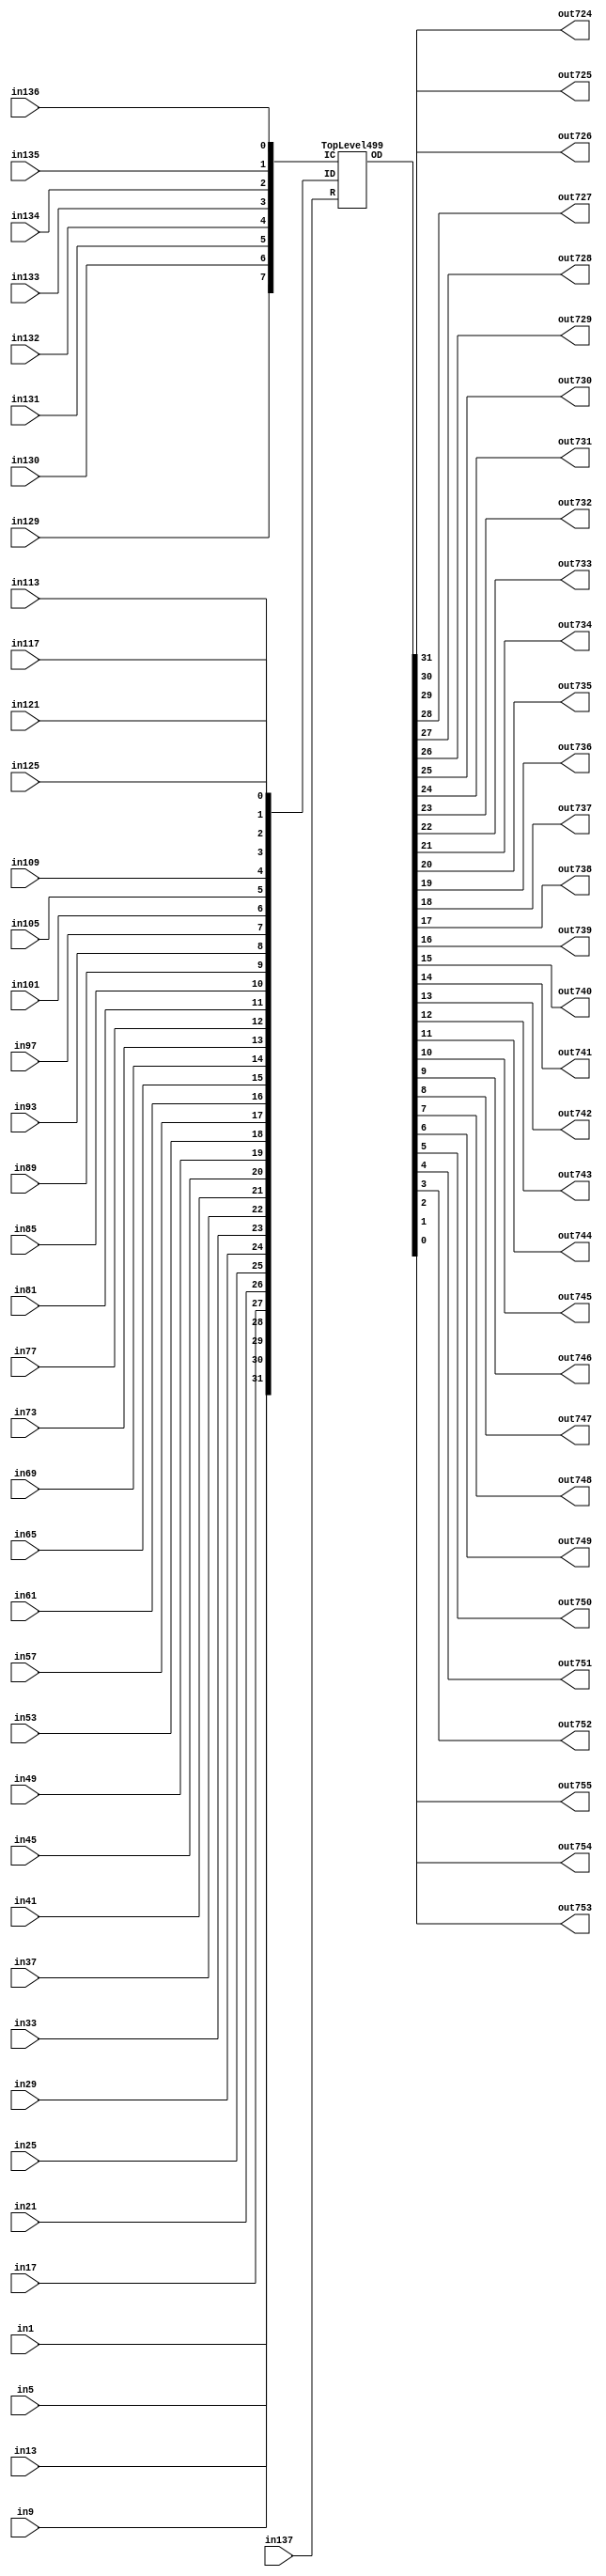
/****************************************************************************
 *                                                                          *
 *  VERILOG HIGH-LEVEL DESCRIPTION OF THE ISCAS-85 BENCHMARK CIRCUIT c499   *
 *                                                                          *
 *  Function: Single-Error-Correcting Circuit                               *
 *                                                                          *
 *  Written by: Mark C. Hansen                                              *
 *                                                                          *
 *                                                                          *
 ****************************************************************************/

module Circuit499 (in1, in5, in9, in13, in17, in21, in25, in29, 
             in33, in37, in41, in45, in49, in53, in57, in61,
             in65, in69, in73, in77, in81, in85, in89, in93,
             in97, in101, in105, in109, in113, in117, in121, in125,
             in129, in130, in131, in132, in133, in134, in135, in136,
             in137,
             out724, out725, out726, out727, out728, out729, out730, out731,
             out732, out733, out734, out735, out736, out737, out738, out739, 
             out740, out741, out742, out743, out744, out745, out746, out747, 
             out748, out749, out750, out751, out752, out753, out754, out755);

  input      in1, in5, in9, in13, in17, in21, in25, in29, 
             in33, in37, in41, in45, in49, in53, in57, in61,
             in65, in69, in73, in77, in81, in85, in89, in93,
             in97, in101, in105, in109, in113, in117, in121, in125,
             in129, in130, in131, in132, in133, in134, in135, in136,
             in137;
  output     out724, out725, out726, out727, out728, out729, out730, out731,
             out732, out733, out734, out735, out736, out737, out738, out739, 
             out740, out741, out742, out743, out744, out745, out746, out747, 
             out748, out749, out750, out751, out752, out753, out754, out755;


  wire [0:31]   ID, OD;
  wire [0:7]    IC;
  wire          R;

  assign
      ID[0:31] = { in1, in5, in9, in13, in17, in21, in25, in29, 
             in33, in37, in41, in45, in49, in53, in57, in61,
             in65, in69, in73, in77, in81, in85, in89, in93,
             in97, in101, in105, in109, in113, in117, in121, in125},
      IC[0:7] = { in129, in130, in131, in132, in133, in134, in135, in136},
      R = in137,
      OD[0:31] = { 
             out724, out725, out726, out727, out728, out729, out730, out731,
             out732, out733, out734, out735, out736, out737, out738, out739, 
             out740, out741, out742, out743, out744, out745, out746, out747, 
             out748, out749, out750, out751, out752, out753, out754, out755};
	
  TopLevel499 Ckt499 (ID, IC, R, OD);

endmodule /* Circuit499 */

/*************************************************************************/

module  TopLevel499 (ID, IC, R, OD);

  input[0:31]   ID;
  input[0:7]    IC;
  input          R;
  output[0:31]  OD;

  wire[0:7]      S;

  Syndrome M1(S, R, IC, ID);
  Correction M2(OD, S, ID);

endmodule /* TopLevel499 */

/*************************************************************************/

module Syndrome (S, R, IC, ID);

  input[0:31]   ID;
  input[0:7]    IC;
  input         R;
  output[0:7]   S;
  
  wire[0:15]    XA;
  wire[0:7]     XB, XC, XD, XE, F, G, H;

xor XA0(XA[0], ID[0], ID[1]);
xor XA1(XA[1], ID[2], ID[3]);
xor XA2(XA[2], ID[4], ID[5]);
xor XA3(XA[3], ID[6], ID[7]);
xor XA4(XA[4], ID[8], ID[9]);
xor XA5(XA[5], ID[10], ID[11]);
xor XA6(XA[6], ID[12], ID[13]);
xor XA7(XA[7], ID[14], ID[15]);
xor XA8(XA[8], ID[16], ID[17]);
xor XA9(XA[9], ID[18], ID[19]);
xor XA10(XA[10], ID[20], ID[21]);
xor XA11(XA[11], ID[22], ID[23]);
xor XA12(XA[12], ID[24], ID[25]);
xor XA13(XA[13], ID[26], ID[27]);
xor XA14(XA[14], ID[28], ID[29]);
xor XA15(XA[15], ID[30], ID[31]);

xor F0(F[0], XA[0], XA[1]);
xor F1(F[1], XA[2], XA[3]);
xor F2(F[2], XA[4], XA[5]);
xor F3(F[3], XA[6], XA[7]);
xor F4(F[4], XA[8], XA[9]);
xor F5(F[5], XA[10], XA[11]);
xor F6(F[6], XA[12], XA[13]);
xor F7(F[7], XA[14], XA[15]);

and H0(H[0], IC[0], R);
and H1(H[1], IC[1], R);
and H2(H[2], IC[2], R);
and H3(H[3], IC[3], R);
and H4(H[4], IC[4], R);
and H5(H[5], IC[5], R);
and H6(H[6], IC[6], R);
and H7(H[7], IC[7], R);

xor XB0(XB[0], ID[0], ID[4]);
xor XB1(XB[1], ID[1], ID[5]);
xor XB2(XB[2], ID[2], ID[6]);
xor XB3(XB[3], ID[3], ID[7]);
xor XB4(XB[4], ID[16], ID[20]);
xor XB5(XB[5], ID[17], ID[21]);
xor XB6(XB[6], ID[18], ID[22]);
xor XB7(XB[7], ID[19], ID[23]);

xor XC0(XC[0], ID[8], ID[12]);
xor XC1(XC[1], ID[9], ID[13]);
xor XC2(XC[2], ID[10], ID[14]);
xor XC3(XC[3], ID[11], ID[15]);
xor XC4(XC[4], ID[24], ID[28]);
xor XC5(XC[5], ID[25], ID[29]);
xor XC6(XC[6], ID[26], ID[30]);
xor XC7(XC[7], ID[27], ID[31]);

xor XE0(XE[0], XB[0], XC[0]);
xor XE1(XE[1], XB[1], XC[1]);
xor XE2(XE[2], XB[2], XC[2]);
xor XE3(XE[3], XB[3], XC[3]);
xor XE4(XE[4], XB[4], XC[4]);
xor XE5(XE[5], XB[5], XC[5]);
xor XE6(XE[6], XB[6], XC[6]);
xor XE7(XE[7], XB[7], XC[7]);

xor G0(G[0], F[0], F[1]);
xor G1(G[1], F[2], F[3]);
xor G2(G[2], F[0], F[2]);
xor G3(G[3], F[1], F[3]);
xor G4(G[4], F[4], F[5]);
xor G5(G[5], F[6], F[7]);
xor G6(G[6], F[4], F[6]);
xor G7(G[7], F[5], F[7]);

xor XD0(XD[0], G[4], H[0]);
xor XD1(XD[1], G[5], H[1]);
xor XD2(XD[2], G[6], H[2]);
xor XD3(XD[3], G[7], H[3]);
xor XD4(XD[4], G[0], H[4]);
xor XD5(XD[5], G[1], H[5]);
xor XD6(XD[6], G[2], H[6]);
xor XD7(XD[7], G[3], H[7]);

xor S0(S[0], XD[0], XE[0]);
xor S1(S[1], XD[1], XE[1]);
xor S2(S[2], XD[2], XE[2]);
xor S3(S[3], XD[3], XE[3]);
xor S4(S[4], XD[4], XE[4]);
xor S5(S[5], XD[5], XE[5]);
xor S6(S[6], XD[6], XE[6]);
xor S7(S[7], XD[7], XE[7]);

endmodule /* Syndrome */

/*************************************************************************/

module Correction (OD, S, ID);

  input[0:31]   ID;
  input[0:7]    S;
  output[0:31]  OD;

  wire[0:31]    E;
  wire[0:15]    XA;
  wire[0:7]     XB, XC, XD, XE, F, G, H, T, W;
  wire[0:4]     S0B, S1B, S2B, S3B, S4B, S5B, S6B, S7B;
  wire[0:1]     U;

not S0B0(S0B[0], S[0]);
not S0B1(S0B[1], S[0]);
not S0B2(S0B[2], S[0]);
not S0B3(S0B[3], S[0]);
not S0B4(S0B[4], S[0]);
not S1B0(S1B[0], S[1]);
not S1B1(S1B[1], S[1]);
not S1B2(S1B[2], S[1]);
not S1B3(S1B[3], S[1]);
not S1B4(S1B[4], S[1]);
not S2B0(S2B[0], S[2]);
not S2B1(S2B[1], S[2]);
not S2B2(S2B[2], S[2]);
not S2B3(S2B[3], S[2]);
not S2B4(S2B[4], S[2]);
not S3B0(S3B[0], S[3]);
not S3B1(S3B[1], S[3]);
not S3B2(S3B[2], S[3]);
not S3B3(S3B[3], S[3]);
not S3B4(S3B[4], S[3]);
not S4B0(S4B[0], S[4]);
not S4B1(S4B[1], S[4]);
not S4B2(S4B[2], S[4]);
not S4B3(S4B[3], S[4]);
not S4B4(S4B[4], S[4]);
not S5B0(S5B[0], S[5]);
not S5B1(S5B[1], S[5]);
not S5B2(S5B[2], S[5]);
not S5B3(S5B[3], S[5]);
not S5B4(S5B[4], S[5]);
not S6B0(S6B[0], S[6]);
not S6B1(S6B[1], S[6]);
not S6B2(S6B[2], S[6]);
not S6B3(S6B[3], S[6]);
not S6B4(S6B[4], S[6]);
not S7B0(S7B[0], S[7]);
not S7B1(S7B[1], S[7]);
not S7B2(S7B[2], S[7]);
not S7B3(S7B[3], S[7]);
not S7B4(S7B[4], S[7]);

and T0(T[0], S0B[0], S1B[0], S2B[0], S[3]);
and T1(T[1], S0B[1], S1B[1], S[2], S3B[0]);
and T2(T[2], S0B[2], S[1],   S2B[1], S3B[1]);
and T3(T[3], S[0],   S1B[2], S2B[2], S3B[2]);
and T4(T[4], S4B[0], S5B[0], S6B[0], S[7]);
and T5(T[5], S4B[1], S5B[1], S[6], S7B[0]);
and T6(T[6], S4B[2], S[5],   S6B[1], S7B[1]);
and T7(T[7], S[4],   S5B[2], S6B[2], S7B[2]);

or U0(U[0], T[0], T[1], T[2], T[3]);
or U1(U[1], T[4], T[5], T[6], T[7]);

and W0(W[0], S[4], S5B[3], S[6], S7B[3], U[0]);
and W1(W[1], S[4], S5B[4], S6B[3], S[7], U[0]);
and W2(W[2], S4B[3], S[5], S[6], S7B[4], U[0]);
and W3(W[3], S4B[4], S[5], S6B[4], S[7], U[0]);
and W4(W[4], S[0], S1B[3], S[2], S3B[3], U[1]);
and W5(W[5], S[0], S1B[4], S2B[3], S[3], U[1]);
and W6(W[6], S0B[3], S[1], S[2], S3B[4], U[1]);
and W7(W[7], S0B[4], S[1], S2B[4], S[3], U[1]);

and E0(E[0], W[0], S[0]);
and E1(E[1], W[0], S[1]);
and E2(E[2], W[0], S[2]);
and E3(E[3], W[0], S[3]);
and E4(E[4], W[1], S[0]);
and E5(E[5], W[1], S[1]);
and E6(E[6], W[1], S[2]);
and E7(E[7], W[1], S[3]);
and E8(E[8], W[2], S[0]);
and E9(E[9], W[2], S[1]);
and E10(E[10], W[2], S[2]);
and E11(E[11], W[2], S[3]);
and E12(E[12], W[3], S[0]);
and E13(E[13], W[3], S[1]);
and E14(E[14], W[3], S[2]);
and E15(E[15], W[3], S[3]);
and E16(E[16], W[4], S[4]);
and E17(E[17], W[4], S[5]);
and E18(E[18], W[4], S[6]);
and E19(E[19], W[4], S[7]);
and E20(E[20], W[5], S[4]);
and E21(E[21], W[5], S[5]);
and E22(E[22], W[5], S[6]);
and E23(E[23], W[5], S[7]);
and E24(E[24], W[6], S[4]);
and E25(E[25], W[6], S[5]);
and E26(E[26], W[6], S[6]);
and E27(E[27], W[6], S[7]);
and E28(E[28], W[7], S[4]);
and E29(E[29], W[7], S[5]);
and E30(E[30], W[7], S[6]);
and E31(E[31], W[7], S[7]);

xor OD0(OD[0], ID[0], E[0]);
xor OD1(OD[1], ID[1], E[1]);
xor OD2(OD[2], ID[2], E[2]);
xor OD3(OD[3], ID[3], E[3]);
xor OD4(OD[4], ID[4], E[4]);
xor OD5(OD[5], ID[5], E[5]);
xor OD6(OD[6], ID[6], E[6]);
xor OD7(OD[7], ID[7], E[7]);
xor OD8(OD[8], ID[8], E[8]);
xor OD9(OD[9], ID[9], E[9]);
xor OD10(OD[10], ID[10], E[10]);
xor OD11(OD[11], ID[11], E[11]);
xor OD12(OD[12], ID[12], E[12]);
xor OD13(OD[13], ID[13], E[13]);
xor OD14(OD[14], ID[14], E[14]);
xor OD15(OD[15], ID[15], E[15]);
xor OD16(OD[16], ID[16], E[16]);
xor OD17(OD[17], ID[17], E[17]);
xor OD18(OD[18], ID[18], E[18]);
xor OD19(OD[19], ID[19], E[19]);
xor OD20(OD[20], ID[20], E[20]);
xor OD21(OD[21], ID[21], E[21]);
xor OD22(OD[22], ID[22], E[22]);
xor OD23(OD[23], ID[23], E[23]);
xor OD24(OD[24], ID[24], E[24]);
xor OD25(OD[25], ID[25], E[25]);
xor OD26(OD[26], ID[26], E[26]);
xor OD27(OD[27], ID[27], E[27]);
xor OD28(OD[28], ID[28], E[28]);
xor OD29(OD[29], ID[29], E[29]);
xor OD30(OD[30], ID[30], E[30]);
xor OD31(OD[31], ID[31], E[31]);

endmodule /* Correction */